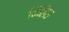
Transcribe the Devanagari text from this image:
दिलिउ